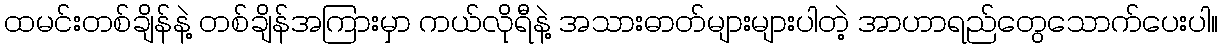
ထမင်းတစ်ချိန်နဲ့ တစ်ချိန်အကြားမှာ ကယ်လိုရီနဲ့ အသားဓာတ်များများပါတဲ့ အာဟာရည်တွေသောက်ပေးပါ။